Calcutta medical institutions reports 1871-78
Year: 1871
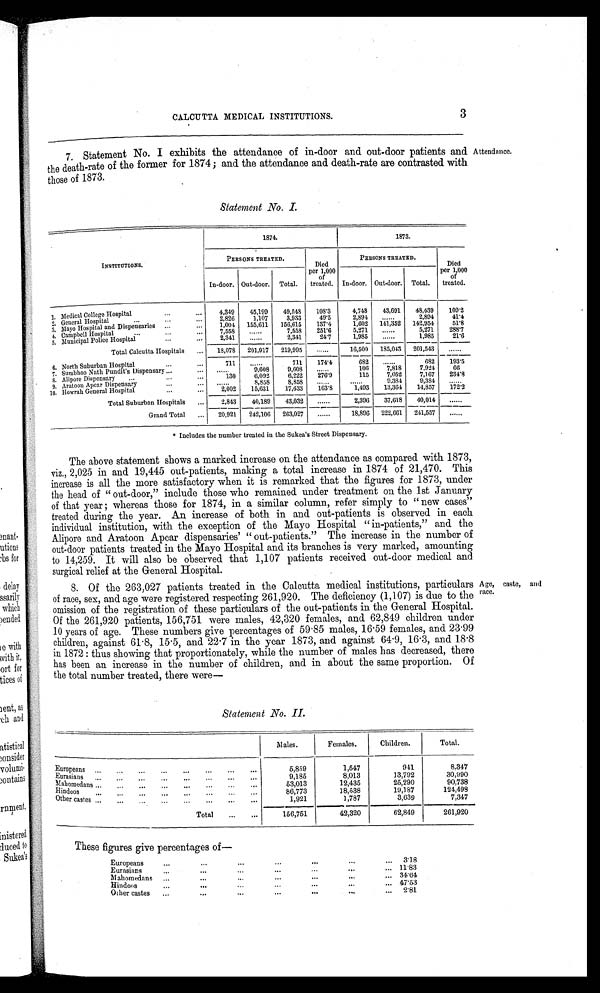
CALCUTTA MEDICAL INSTITUTIONS.
3
7. Statement No. I exhibits the attendance of in-door and out-door patients and Attendance.
the death-rate of the former for 1874; and the attendance and death-rate are contrasted with
those of 1873.
Statement .NO. I.
INSTITUTIONS.
1874.
1873.
PERSONS TREATED.
Died
per 1,000
of
treated.
PERSONS TREATED.
Died
per 1,000
of
treated.
In-door. Out-door. Total.
In-door. Out-door. Total.
1. Medical College Hospital
...
...
4,349
45,199
49,518
108'3
4,748
43,691
48,439
109'2
2, General Hospital
..,
...
„,
2,826
1,107
3,933
49'5
2,89
.. . .
2,894
41'4
3. Mayo Hospital and Dispensaries ...
.
1,001
155,611
156,615
137'4
1,602
141,352
142,951
5P8
4. Campbell Hospital
..,
...
...
7,558
......
7,558
251'6
5,271
......
5,271
288'7
5. Municipal Police Hospital..
'"
2,311
......
2,341
24'7
1,985
......
1,985
21'6
Total Calcutta Hospitals
...
18,078
201,917
219,995
......
16,500
185,043
201,543
......
6. North Suburban Hospital
•.•
..
11
..
711
171'4
6S2
......
---
682
----
193'5
7. Surnbhoo Nath Pundit's Dispensary ..
..•
... .
6:608
9,60
...
106
7,818
7.921
66
8. Alipore Dispensary
...
...
...
130
6,092
6,222
.....
115
7,052
7,167
234'8
9, Aratoon Apcar Dispensary
...
...
......
S,858
8,858
9,381
9,384
.. . . .
10. Howrah General Hospital
...
...
2,002
15,631
17,633
163'8
1,493
13,361
14,857
172'2
Total Suburban Hospitals
...
-
2,843
--
40,189
43,032
......
2,396
37,618
-
40,014
-
......
Grand Total
...
20,921
242,106
263,027
-
......
18,896
222,661
---
241,557
---
......
* Includes the number treated in the Sukea's Street Dispensary.
The above statement shows a marked increase on the attendance as compared with 1873,
viz., 2,025 in and 19,445 out-patients, making a total increase in 1874 of 21,470. This
increase is all the more satisfactory when it is remarked that the figures for 1873, under
the head of " out-door," include those who remained under treatment on the 1st January
of that year ; whereas those for 1874, in a similar column, refer simply to " new cases"
treated during the year. An increase of both in and out-patients is observed in each
individual institution, with the exception of the Mayo Hospital "in-patients," and the
Alipore and Aratoon Apear dispensaries' " out-patients." The increase in the number of
out-door patients treated in the Mayo Hospital and its branches is very marked, amounting
to 14,259. It will also be observed that 1,107 patients received out-door medical and
surgical relief at the General Hospital.
8. Of the 263,027 patients treated in the Calcutta medical institutions, particulars
of race, sex, and age were registered respecting 261,920. The deficiency (1,107) is due to the
omission of the registration of these particulars of the out-patients in the General Hospital.
Of the 261,920 patients, 156,751 were males, 42,320 females, and 62,849 children under
10 years of age. These numbers give percentages of 59 . 85 males, 16 . 59 females, and 23.99
children, against 61 . 8, 15 . 5, and 22 . 7 in the year 1873, and against 64 . 9, 16 . 3, and 18.8
in 1872: thus showing that proportionately, while the number of males has decreased, there
has been an increase in the number of children, and in about the same proportion. Of
the total number treated, there were-
Age, caste, and
race.
Statement No. II.
---
M ales.
Females.
Children.
Total.
Europeans .. ,,,
...
...
...
...
...
...
...
5,859
1,547
941
8.347
Eurasian
9,185
8,013
13,792
30,990
I lahomedans ....
...
...
...
...
..
•••
-
•••
-
53,013
12,435
25,290
90.738
Hindoos ••
86,773
18,538
19,187
124,498
-
•••
.••
•••
...•
•
...
...
Other castes .. .
...
..
.. ...
...
...
1,921
1,787
3,639
7,347
Total
...
...
156,751
-.....
42,320
62,849
201,920
These figures give percentages of-
Europeans.,.
...
...
...
...
...
...
31.8
Eurasians... ...
...
...
...
...
11'83
M alionaedans
...... ...
...
...
...
...
34•'64
Hindoos...
...
...
...
...
...
47'53
Oilier
castes...
.9.
...
.9•9
•••
...
2'81